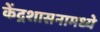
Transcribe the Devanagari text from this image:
केंद्रशासनामध्ये